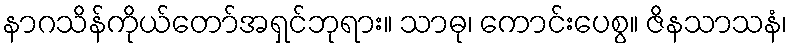
နာဂသိန်ကိုယ်တော်အရှင်ဘုရား။ သာဓု၊ ကောင်းပေစွ။ ဇိနသာသနံ၊